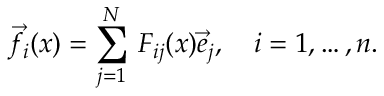
{ \vec { f } } _ { i } ( x ) = \sum _ { j = 1 } ^ { N } \, F _ { i j } ( x ) { \vec { e } } _ { j } , \quad i = 1 , \ldots , n .